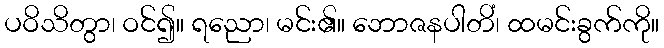
ပဝိသိတွာ၊ ဝင်၍။ ရညော၊ မင်း၏။ ဘောဇနပါတိံ၊ ထမင်းခွက်ကို။